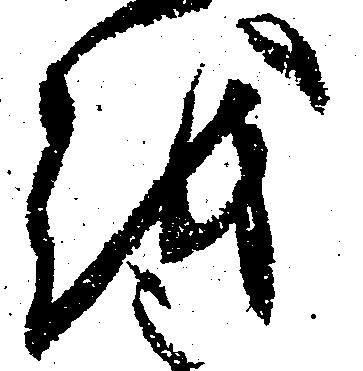
越